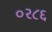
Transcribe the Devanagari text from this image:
०२८६